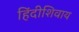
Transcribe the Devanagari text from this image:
हिंदीशिवाय